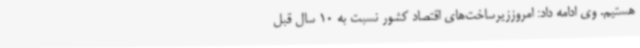
هستیم. وی ادامه داد: امروززیرساخت‌های اقتصاد کشور نسبت به 10 سال قبل